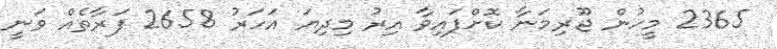
2365 މީހުން ޖޫރިމަނާ ކޮށްފައިވާ އިރު މިދިޔަ އަހަރު 2658 ފަރާތެއް ވަނީ